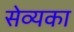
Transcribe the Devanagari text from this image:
सेव्यका